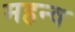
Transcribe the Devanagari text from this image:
महन्व